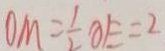
O M = \frac { 1 } { 2 } O E = 2